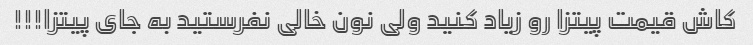
کاش قیمت پیتزا رو زیاد کنید ولی نون خالی نفرستید به جای پیتزا!!!